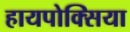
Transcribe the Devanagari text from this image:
हायपोक्सिया